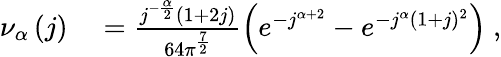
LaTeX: \begin{array}{rl}{\nu_{\alpha}\left(j\right)}&{{}=\frac{j^{-\frac{\alpha}{2}}(1+2j)}{64\pi^{\frac{7}{2}}}\left(e^{-j^{\alpha+2}}-e^{-j^{\alpha}(1+j)^{2}}\right)\ ,}\end{array}